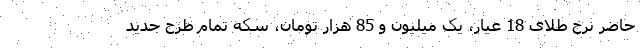
حاضر نرخ طلای 18 عیار، یک میلیون و 85 هزار تومان، سکه تمام طرح جدید